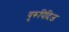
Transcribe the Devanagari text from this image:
युरूपिदिज